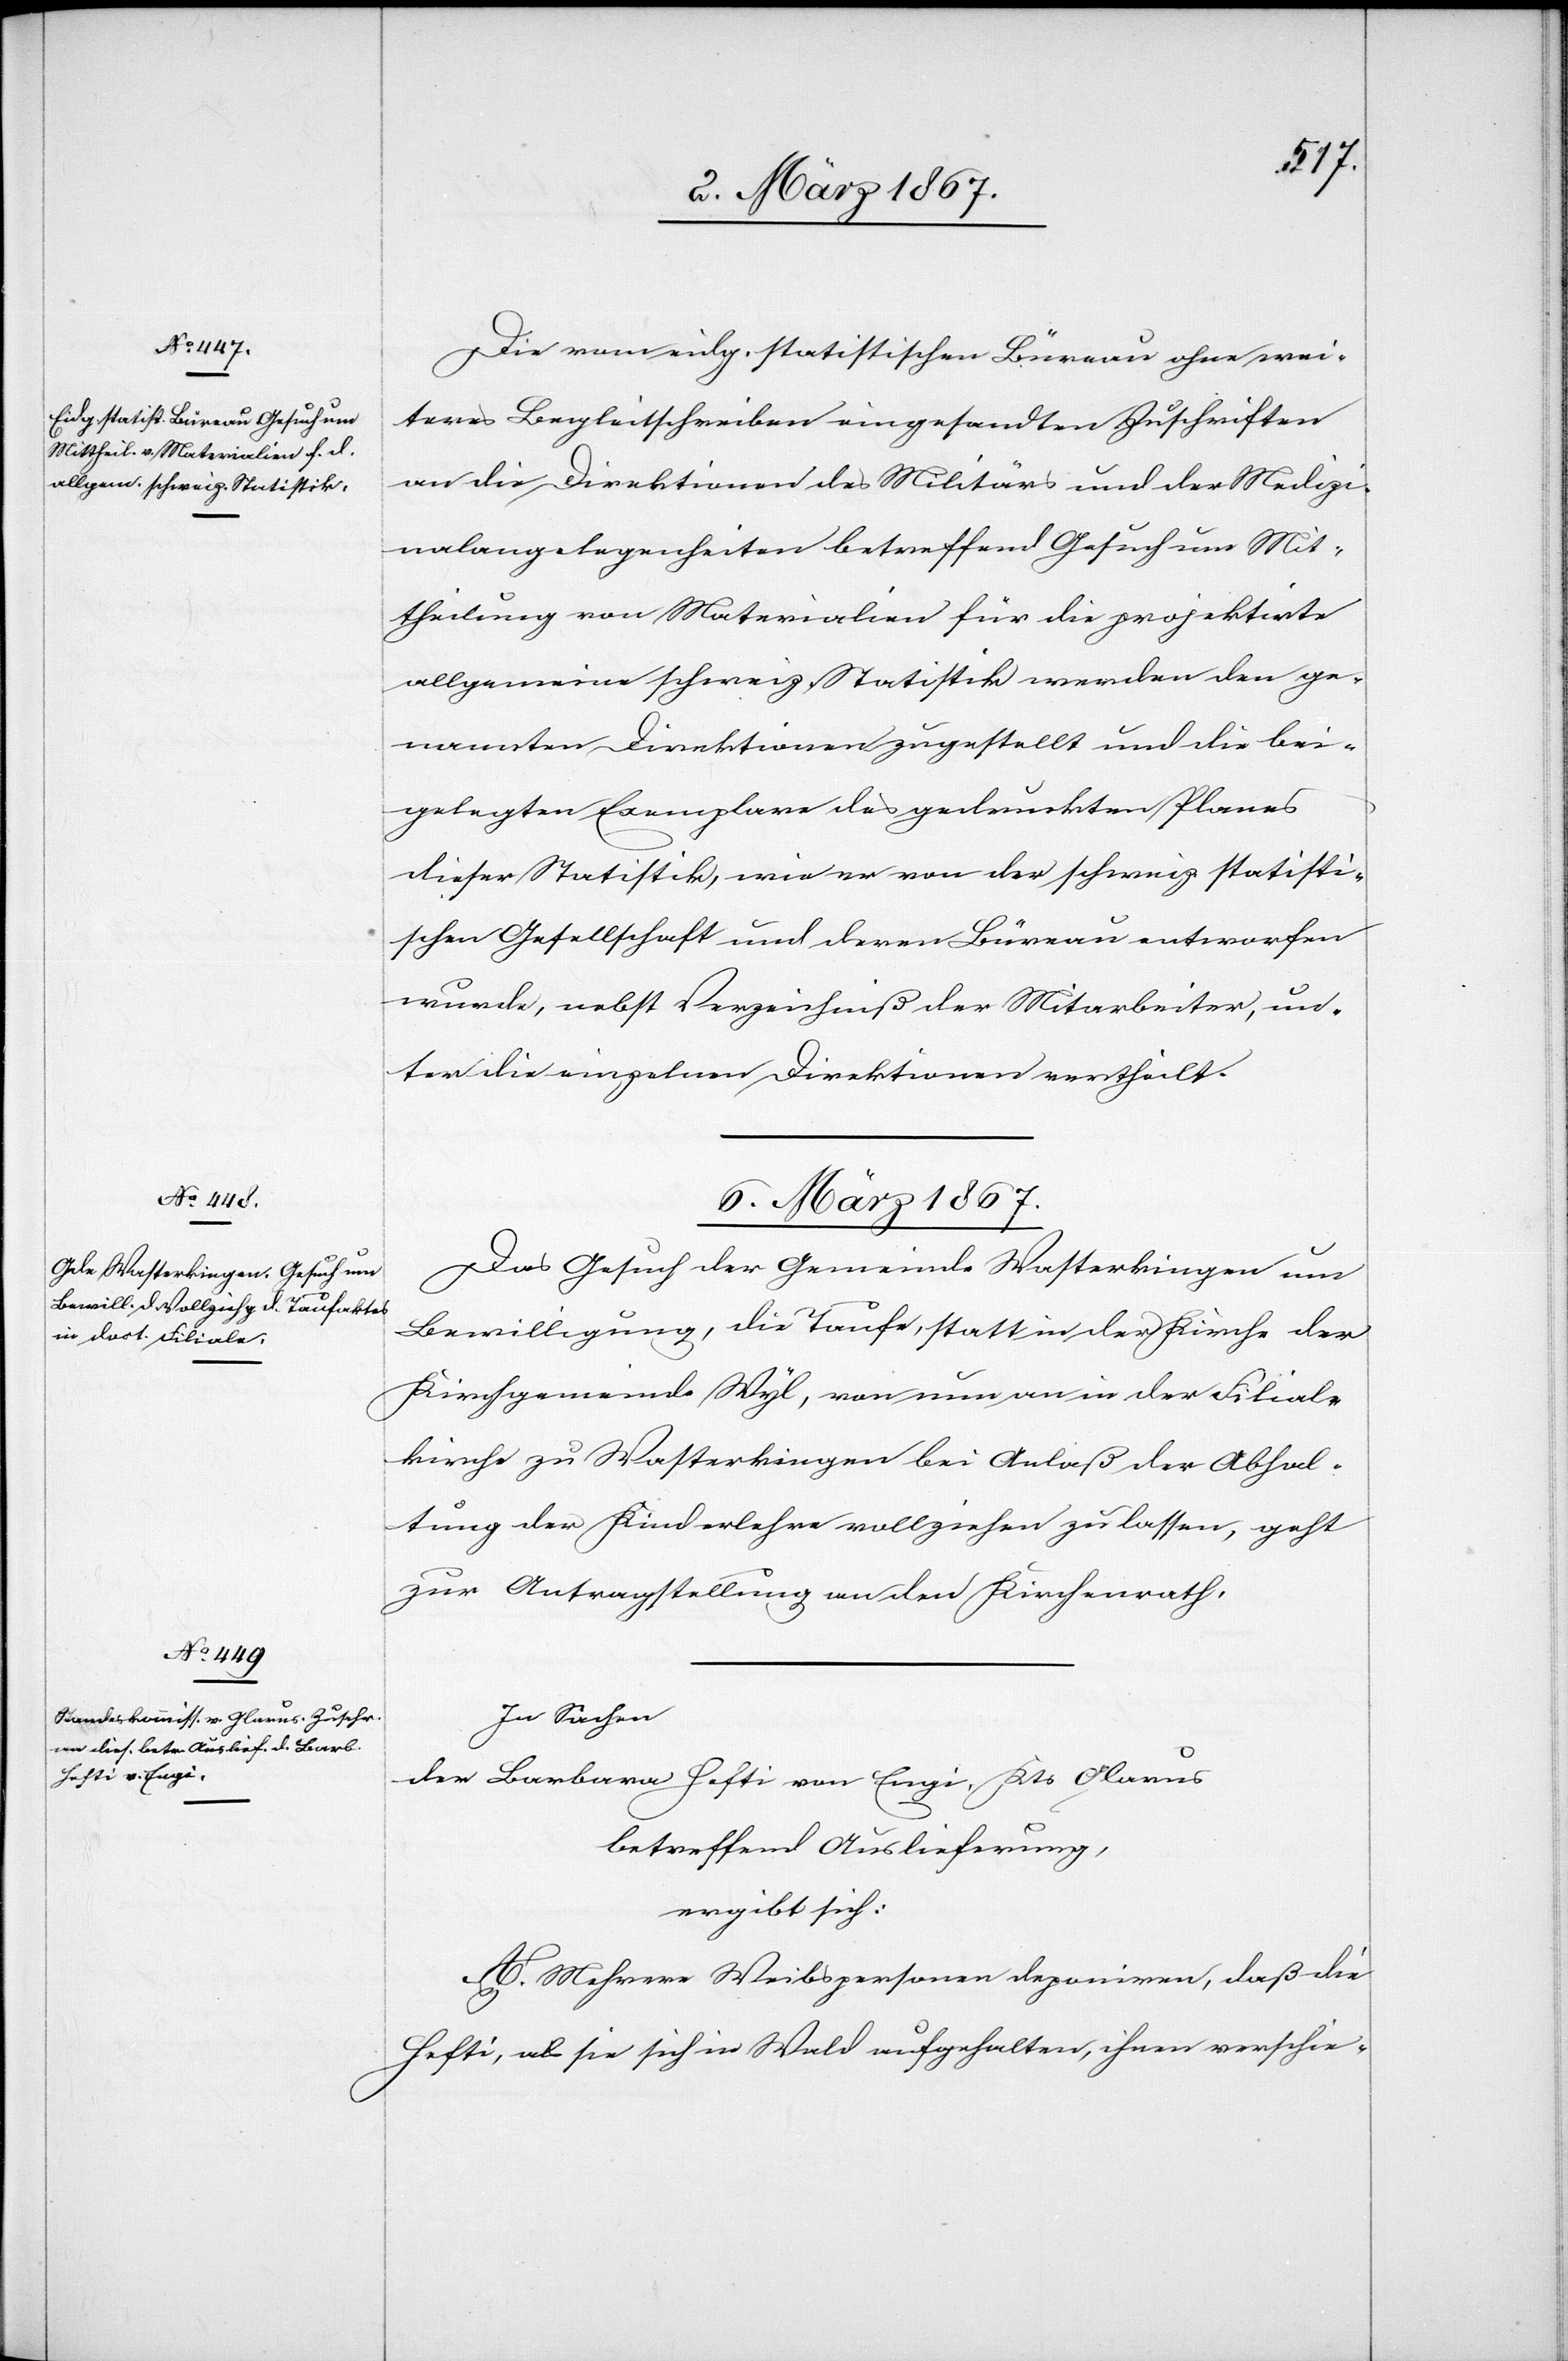
Die vom eidg. statistischen Büreau ohne wei¬
teres Begleitschreiben eingesandten Zuschriften
an die Direktion des Militärs und der Medizi¬
nalangelegenheiten betreffend Gesuch um Mit¬
theilung von Materialien für die projektirte
allgemeine schweiz. Statistik werden den ge¬
nannten Direktionen zugestellt und die bei¬
gelegten Exemplare des gedruckten Planes
dieser Statistik, wie er von der schweiz. statisti¬
schen Gesellschaft und deren Büreau entworfen
wurde, nebst Verzeichniß der Mitarbeiter, un¬
ter die einzelnen Direktionen vertheilt.
6. März 1867.]
Das Gesuch der Gemeinde Wasterkingen um
Bewilligung, die Taufe, statt in der Kirche der
Kirchgemeinde Wyl, von nun an in der Filial¬
kirche zu Wasterkingen bei Anlaß der Abhal¬
tung der Kinderlehre vollziehen zu lassen, geht
zur Antragstellung an den Kirchenrath.
In Sachen
der Barbara Hefti von Engi, Kts Glarus,
betreffend Auslieferung,
ergibt sich:
A. Mehrere Weibspersonen deponiren, daß die
Hefti, als sie sich in Wald aufgehalten, ihnen verschie-